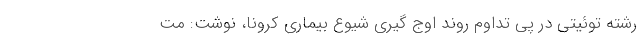
رشته توئیتی در پی تداوم روند اوج گیری شیوع بیماری کرونا، نوشت: مت